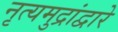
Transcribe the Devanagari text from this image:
नृत्यमुद्रांद्वारे